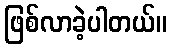
ဖြစ်လာခဲ့ပါတယ်။